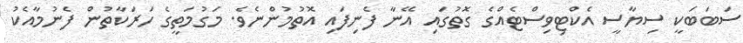
ސަބަބަކީ ސިޔާސީ އެކްޓިވިސްޓެއްގެ ގޮތުގައި އޭނާ ފެނިފައި އޮތުމުންނެވެ. މަގުމަތީގެ ހަރަކާތުން ފެނުމާއެކު